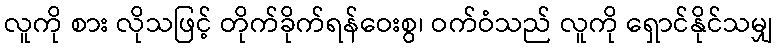
လူကို စား လိုသဖြင့် တိုက်ခိုက်ရန်ဝေးစွ၊ ဝက်ဝံသည် လူကို ရှောင်နိုင်သမျှ